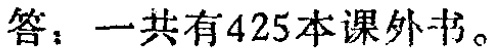
答：一共有425本课外书。